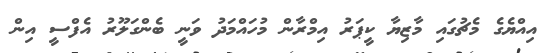
އިއްޔެގެ މެޗުގައި މާޒިޔާ ކީޕަރު އިމްރާން މުހައްމަދު ވަނީ ބެންގަލޫރު އެފްސީ އިން